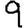
Digit: 9